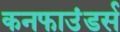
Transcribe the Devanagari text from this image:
कनफाउंडर्स